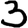
Digit: 3